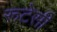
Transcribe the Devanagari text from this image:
रूटेसी